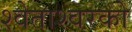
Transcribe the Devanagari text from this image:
श्वेताश्वरको